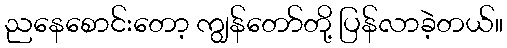
ညနေစောင်းတော့ ကျွန်တော်တို့ ပြန်လာခဲ့တယ်။